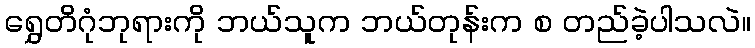
ရွှေတိဂုံဘုရားကို ဘယ်သူက ဘယ်တုန်းက စ တည်ခဲ့ပါသလဲ။